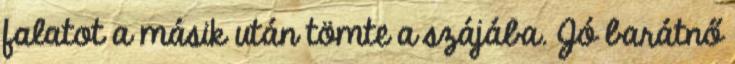
falatot a másik után tömte a szájába. Jó barátnő